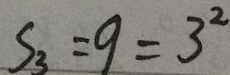
S _ { 3 } = 9 = 3 ^ { 2 }